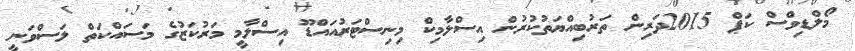
މޯލްޑިވްސް ކަޕް 2015ދަރިން ތަރުބިއްޔަތުކުރުން އިސްލާމިކް މިނިސްޓަރުއައްޑޫ އިސްލާމީ މަރުކަޒުގެ މަސައްކަތް ލަސްވަނީ